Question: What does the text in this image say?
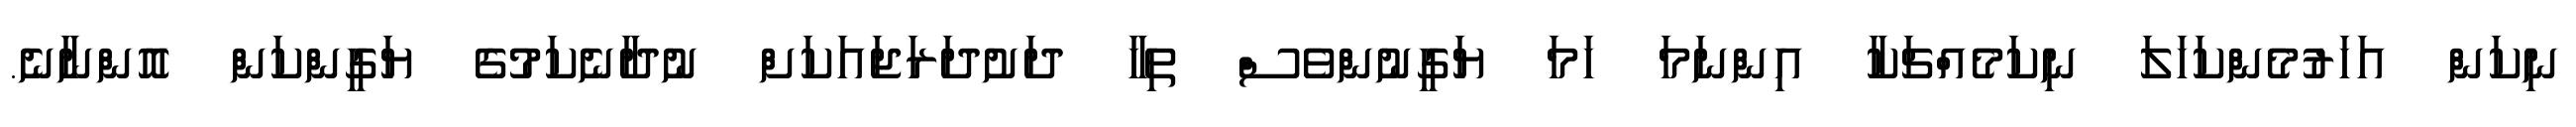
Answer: ނިކަން އަހަރުމެންކަހަލަ ނިކަމެއްޗަކާ އިންނަމަ ހަމަ ޔަގީނުންވެސް ތިހާ ދަށުދަރަޖައަކަށް ނުދާނެކަމުގެ ޔަގީންކަން އޮންނާނެ.